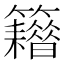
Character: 𥷸